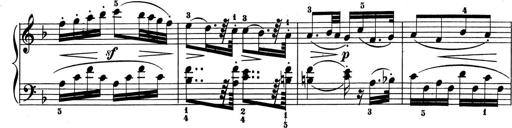
Title: 6 Piano Sonatinas
Composer: Cornelius Gurlitt